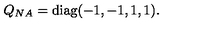
Q _ { N A } = \mathrm { d i a g } ( - 1 , - 1 , 1 , 1 ) .